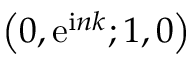
\left( 0 , \mathrm { e } ^ { \mathrm { i } n k } ; 1 , 0 \right)